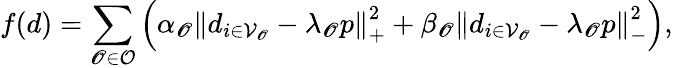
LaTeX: f(d)=\sum_{\mathscr{O}\in\mathcal{{O}}}\left(\alpha_{\mathscr{O}}\left\| d_{i\in\mathcal{{V}}_{\mathscr{O}}}-\lambda_{\mathscr{O}}p\right\| _{+}^{2}+\beta_{\mathscr{O}}\left\| d_{i\in\mathcal{{V}}_{\mathscr{O}}}-\lambda_{\mathscr{O}}p\right\| _{-}^{2}\right),